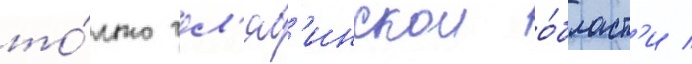
то́лько чел'яб'инскои о́бласт'и /